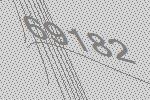
69182